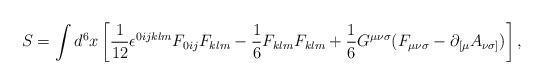
LaTeX: \begin{align*}S=\int d^{6}x\left[{\frac{1}{12}}{\epsilon}^{0ijklm}F_{0ij}F_{klm}-{\frac 1 6}F_{klm}F_{klm}+{\frac 1 6}G^{{\mu}{\nu}{\sigma}}(F_{{\mu}{\nu}{\sigma}}-{\partial}_{[{\mu}}A_{{\nu}{\sigma}]})\right],\end{align*}